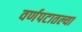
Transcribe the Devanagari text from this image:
वर्णपटातल्या